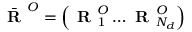
\bar { \textbf { R } } ^ { O } = \left( \textbf { R } _ { 1 } ^ { O } \ldots \textbf { R } _ { N _ { d } } ^ { O } \right)